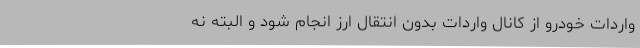
واردات خودرو از کانال واردات بدون انتقال ارز انجام شود و البته نه